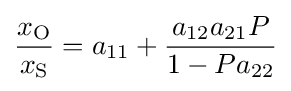
{\frac {x_{\text{O}}}{x_{\text{S}}}}=a_{11}+{\frac {a_{12}a_{21}P}{1-Pa_{22}}}